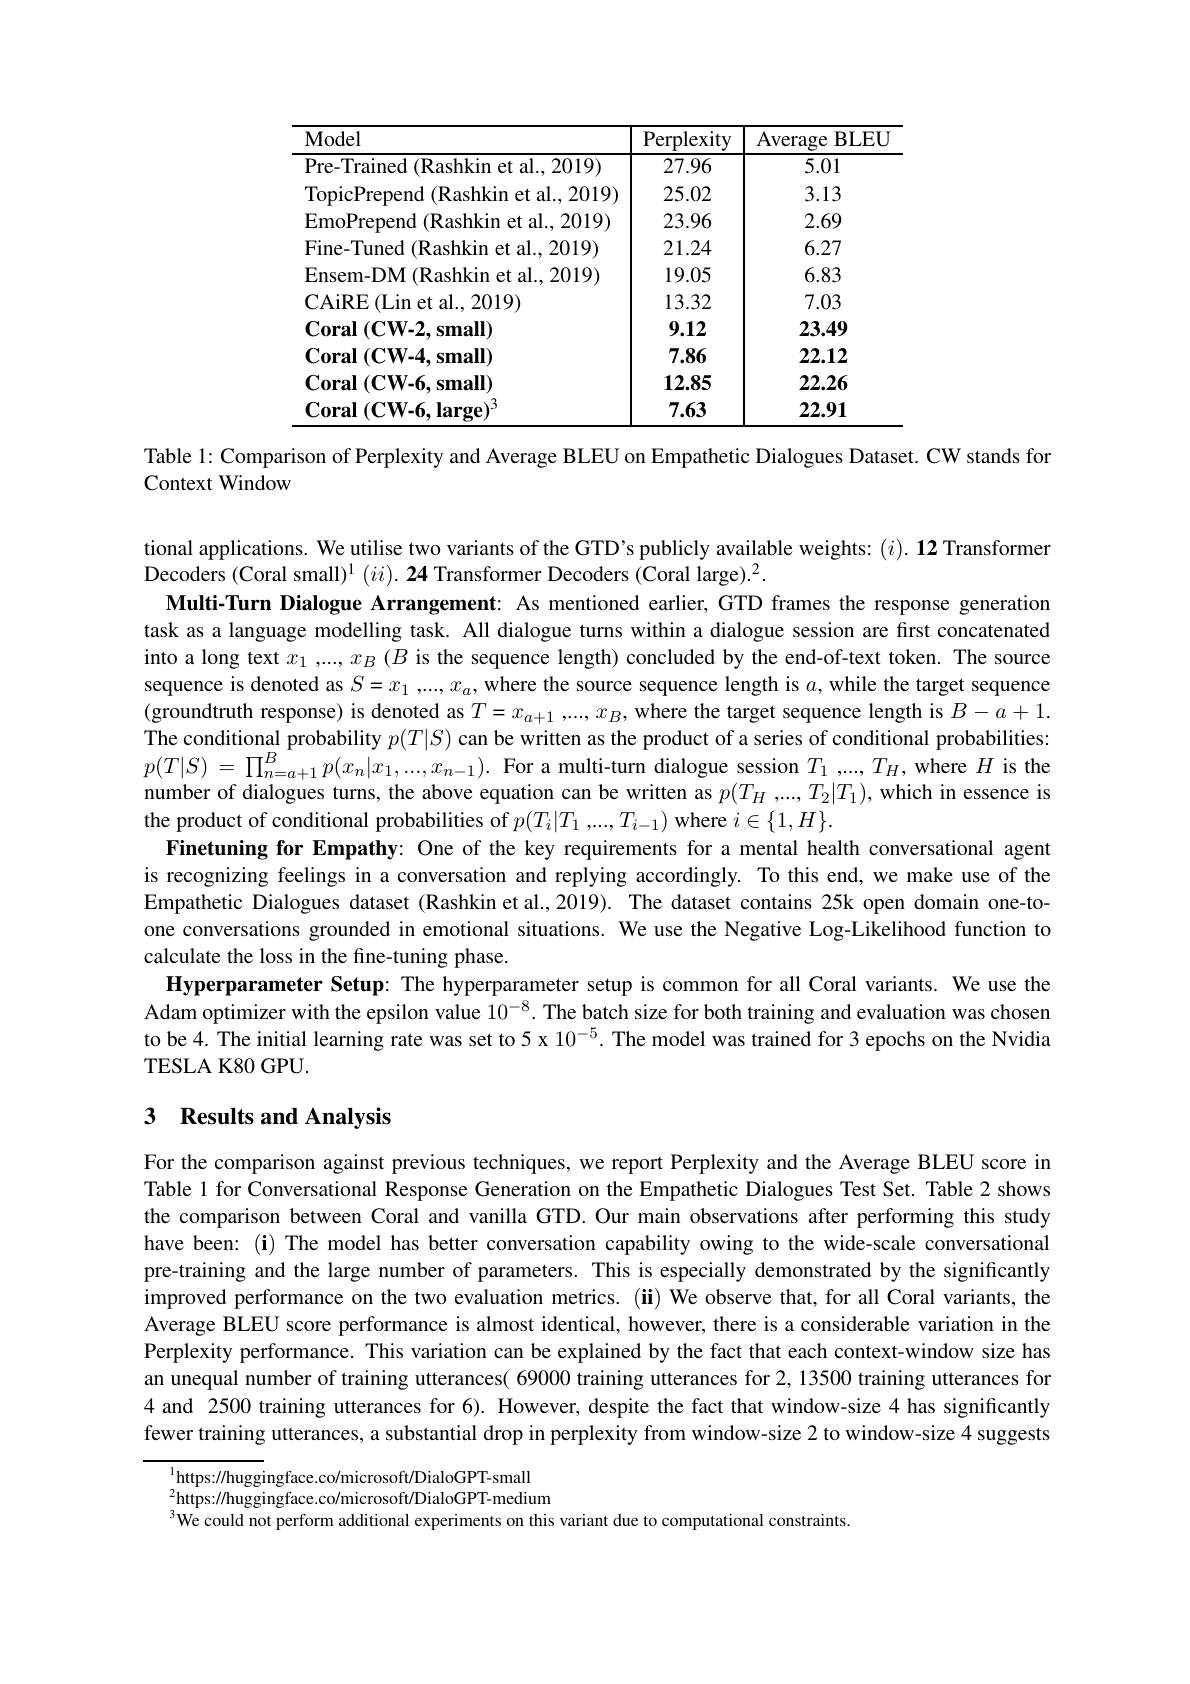
<table>
	<tbody>
		<tr>
			<th>Model</th>
			<th>Perplexity</th>
			<th>Average $\mathbf{BLEU}$</th>
		</tr>
		<tr>
			<td>Pre- Trained ( Rashkin et al. , 2019) </td>
			<td>27.96</td>
			<td>5.01</td>
		</tr>
		<tr>
			<td>TopicPrepend (Rashkin et al., 2019)</td>
			<td>25.02</td>
			<td>3.13</td>
		</tr>
		<tr>
			<td>EmoPrepend ( Rashkin et al. , 2019) </td>
			<td>23.96</td>
			<td>2.69</td>
		</tr>
		<tr>
			<td>Fine- Tuned ( Rashkin et al. , 2019) </td>
			<td>21.24</td>
			<td>6.27</td>
		</tr>
		<tr>
			<td>Ensem-DM (Rashkin et al., 2019)</td>
			<td>19.05</td>
			<td>6.83</td>
		</tr>
		<tr>
			<td>CAiRE ( Lin et al. , 2019) </td>
			<td>13.32</td>
			<td>7.03</td>
		</tr>
		<tr>
			<td>$\mathbf{Coral}\left(\mathbf{CW-2,small}\right)$</td>
			<td>9.12</td>
			<td>23.49</td>
		</tr>
		<tr>
			<td>$\mathbf{Coral}\left(\mathbf{CW-4,small}\right)$</td>
			<td>7.86</td>
			<td>22.12</td>
		</tr>
		<tr>
			<td>$\mathbf{Coral}\left(\mathbf{CW-6,small}\right)$</td>
			<td>12.85</td>
			<td>22.26</td>
		</tr>
		<tr>
			<td>$\mathbf{Coral}\left(\mathbf{CW-6,large}\right)^{3}$</td>
			<td>7.63</td>
			<td>22.91</td>
		</tr>
	</tbody>
</table>

Table l: Comparison of Perplexity and Average BLEU on Empathetic Dialogues Dataset. CW stands for
Context Window

tional applications. We utilise two variants of the GTD's publicly available weights: $( i) . \textbf{12 Transformer}$
Decoders (Coral small)$^1(ii).\textbf{24 Transformer Decoders (Coral large).}^2.$
Multi-Turn Dialogue Arrangement: As mentioned earlier, GTD frames the response generation task as a language modelling task. All dialogue turns within a dialogue session are first concatenated into a long text $x_1,...,x_B$ ($B$ is the sequence length) concluded by the end-of-text token. The source sequence is denoted as $S=x_1,...,x_{a}$,where the source sequence length is $a$, while the target sequence (groundtruth response) is denoted as $T=x_{a+1},...,x_B$,where the target sequence length is $B-a+1.$ The conditional probability $p(T|S)$ can be written as the product of a series of conditional probabilities: $p( T| S)$ = $\prod _{n= a+ 1}^Bp( x_n| x_1, . . . , x_{n- 1}) .$ For a multi-turn dialogue session $T_1,...,T_H$, where $H$ is the number of dialogues turns, the above equation can be written as $p(T_H,...,T_2|T_1)$, which in essence is the product of conditional probabilities of $p(T_{i}|T_{1},...,T_{i-1})$ where $i\in\{1,H\}.$
Finetuning for Empathy: One of the key requirements for a mental health conversational agent is recognizing feelings in a conversation and replying accordingly. To this end, we make use of the Empathetic Dialogues dataset (Rashkin et al.,2019). The dataset contains 25k open domain one-toone conversations grounded in emotional situations. We use the Negative Log-Likelihood function to calculate the loss in the fine-tuning phase.
Hyperparameter Setup: The hyperparameter setup is common for all Coral variants. We use the Adam optimizer with the epsilon value $10^{-8}.$ The batch size for both training and evaluation was chosen to be 4. The initial learning rate was set to 5 x $10^{-5}.$ The model was trained for 3 epochs on the Nvidia TESLA K80 GPU.

## 3 Results and Analysis

For the comparison against previous techniques, we report Perplexity and the Average BLEU score in Table 1 for Conversational Response Generation on the Empathetic Dialogues Test Set. Table 2 shows the comparison between Coral and vanilla GTD. Our main observations after performing this study have been: (i) The model has better conversation capability owing to the wide-scale conversational pre-training and the large number of parameters. This is especially demonstrated by the significantly improved performance on the two evaluation metrics. (ii) We observe that, for all Coral variants, the Average BLEU score performance is almost identical, however, there is a considerable variation in the Perplexity performance. This variation can be explained by the fact that each context-window size has an unequal number of training utterances( 69000 training utterances for 2, 13500 training utterances for 4 and 2500 training utterances for 6). However, despite the fact that window-size 4 has significantly fewer training utterances, a substantial drop in perplexity from window-size 2 to window-size 4 suggests

$^{1}$https://huggingface.co/microsoft/DialoGPT-small $^{2}$https://huggingface.co/microsoft/DialoGPT-medium $^{3}$We could not perform additional experiments on this variant due to computational constraints.